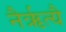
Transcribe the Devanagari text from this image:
नैर्ऋत्यै